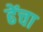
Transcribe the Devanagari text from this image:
ढेंचा